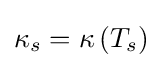
\kappa _{s}=\kappa \left(T_{s}\right)